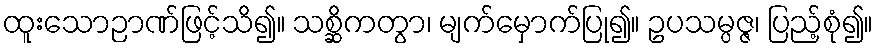
ထူးသောဉာဏ်ဖြင့်သိ၍။ သစ္ဆိကတွာ၊ မျက်မှောက်ပြု၍။ ဥပသမ္ပဇ္ဇ၊ ပြည့်စုံ၍။